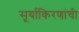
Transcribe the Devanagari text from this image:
सूर्याकिरणांची